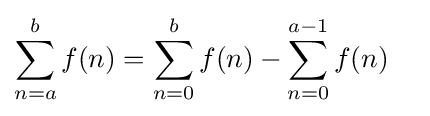
\sum _{n=a}^{b}f(n)=\sum _{n=0}^{b}f(n)-\sum _{n=0}^{a-1}f(n)\quad